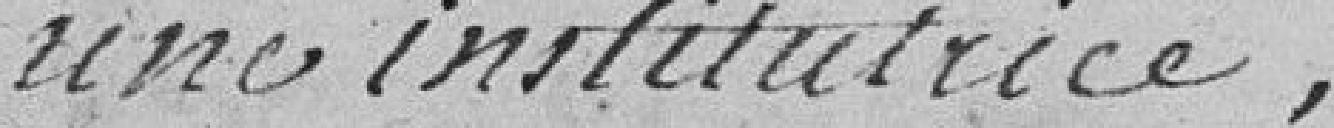
Une institutrice